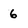
Character: 6